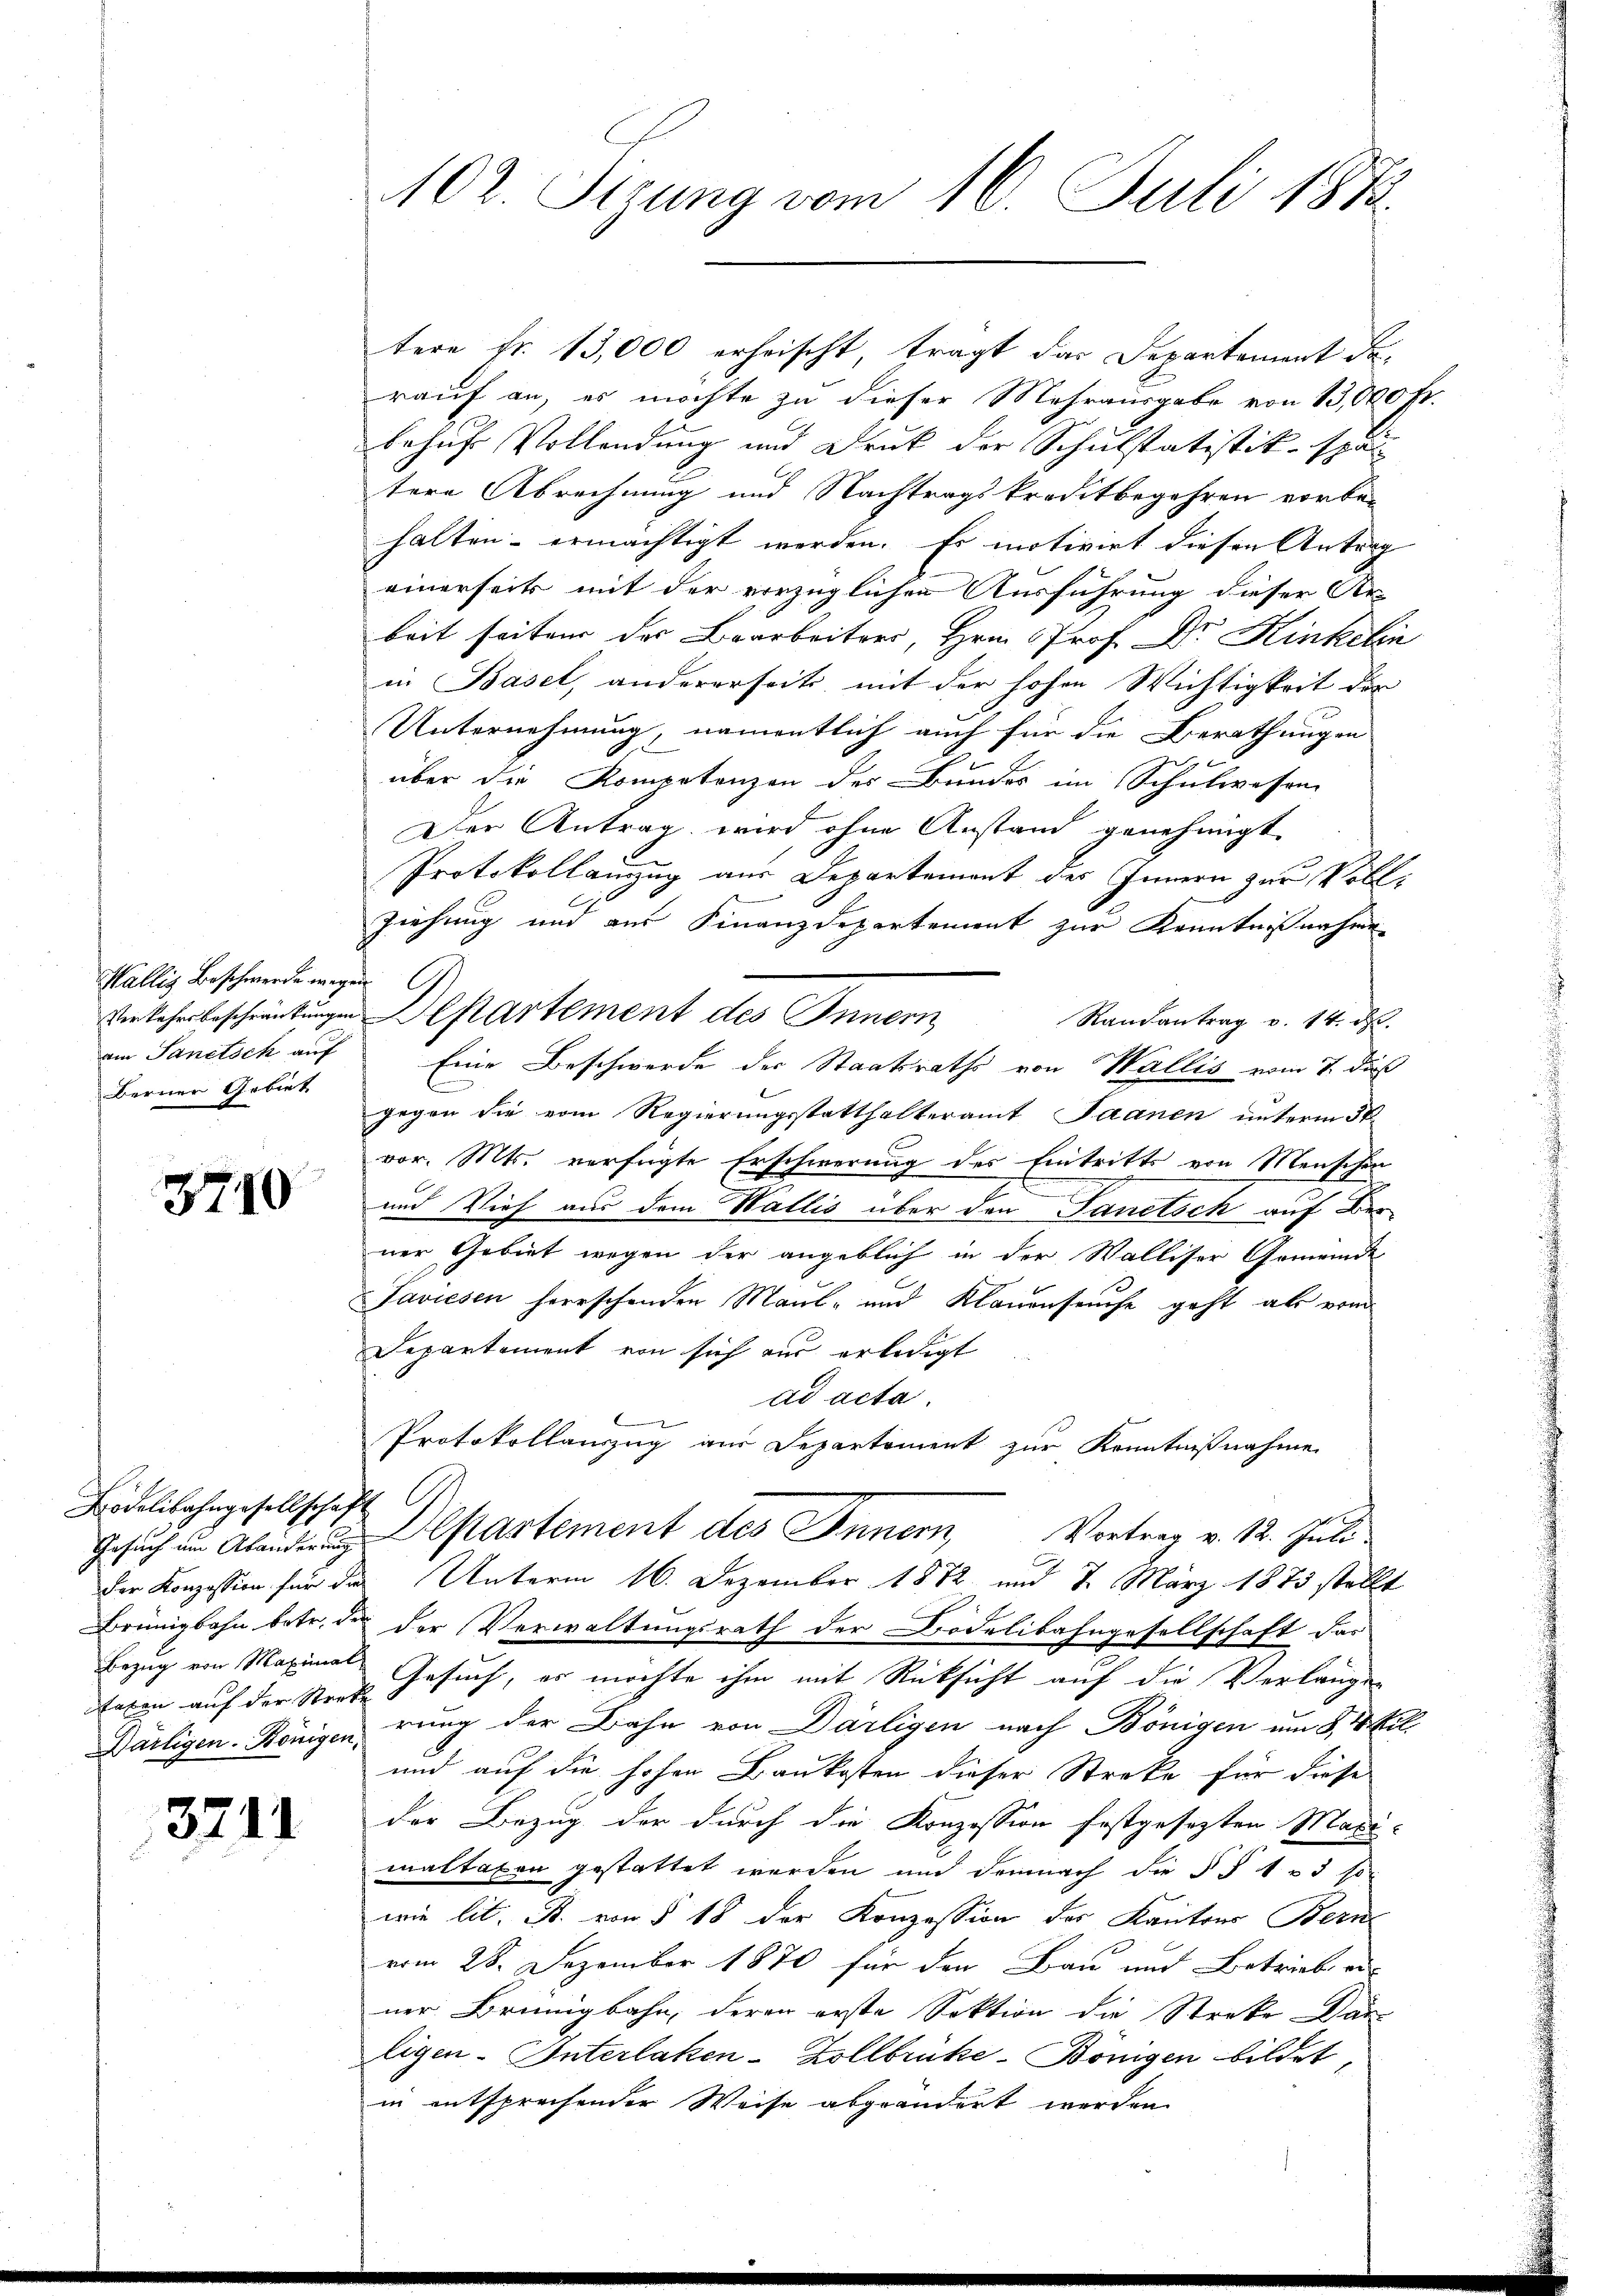
Hällig Beschwerde wegen.
am Sanitsch auf
Berner Gebiet

3710

Bödelibahngesellschaf
Gesuch um Abänderung
taten auf der Sterk
Barligen. Königen,

3711

102. Sizung vom 16. Juli 1873.

tere fr. 13,000 erheischt, tragt das Departement da-
rauf an, es möchte zu dieser Mehrausgabe von 13,000 fl.
behuf Vollendung und Druk der Schulstatistik span
tere Abrechnung und Nachtragskreditbegehren vorbe-
halten- ermächtigt werden. Es motivirt diesen Antrag
einerseits mit der vorzüglichen Ausführung dieser Ar
beit seiten der Bearbeiters, Hrn. Prof. Dr. Hinkelin
in Basel, andererseit mit der hohen Wichtigkeit der
Unternehmung, namentlich auch für die Berathungen
E
über die Kompetenzen der Bundes im Schulwesen
Der Antrag wird ohne Anstand genehmigt
Protokollanzug aus Departemont des Innern zur Voll¬
Ziehung und aus Finanzdepartement zur Kenntnißnahme
Verkehrsbeschränkungen Departement des Innern
Randantrag v. 14. d.
Eine Beschwerde der Staatsraths von Wallis vom 7. dieß
E
gegen die vom Regierungsstatthalteramt Saanen unterm 30.
vor. Mts. verfügte Erschwerung des Eintritts von Menschen
und Vieh aus dem Wallis über den Sanitsch auf Ber
ner Gebiet wegen der angeblich in der Walliser Gemeinde
Faviesen herrschenden Maul- und Klauenseuche geht als vom
Departement von sich aus erledigt
ad acta.
Protokollanzug aus Departement zur Kenntnißnahme
Departement des Innern, Vortrag v. 12. Juli
der Konzession für das Unterm 16. Dezember 1872 und 7. März 1873 stellt
Brüngbahn betr. der der Verwaltungsrath der Bodelibahngesellschaft das
Bezug von Maximal Gesuch, es möchte ihm mit Rücksicht auf die Verlanges
rung der Bahn von Därligen nach Bönigen um 8 4 l.
und auf die hohen Baukosten dieser Streke für diese
der Bezug der durch die Konzession festgesezten Maxi-
maltaxen gestattet werden und demnach die § § 1 & 3 so
wie lit. B. von § 18 der Konzession des Kantons Bern
vom 28. Dezember 1870 für den Bau und Betrieb er
ner Brünigbahn, deren erste Sektion die Streke Dan
Eigen-Unterlaken-Zollbrüke-Bönigen bildet,
in entsprechender Weise abgeändert werden.